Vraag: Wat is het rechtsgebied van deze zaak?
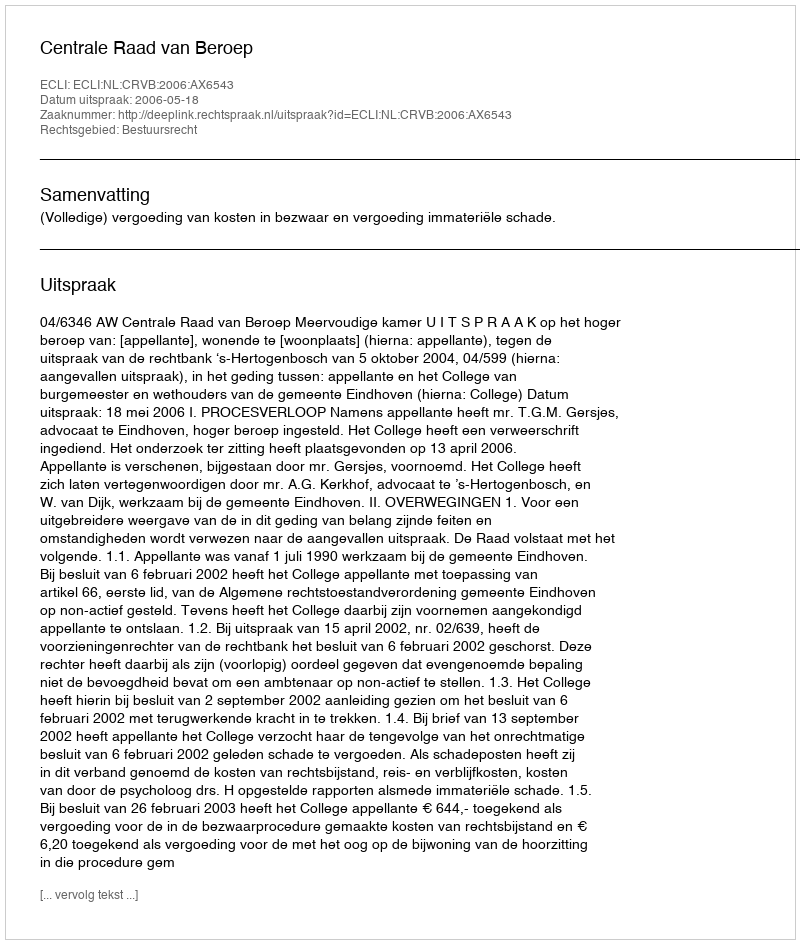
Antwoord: Bestuursrecht